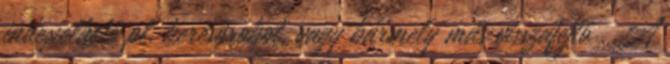
indexelhető pl. keresőrobot, vagy bármely más visszafejtő . A